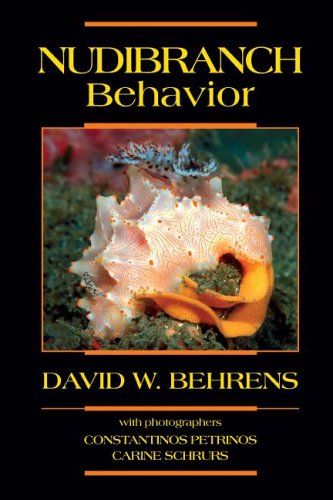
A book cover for Nudibranch Behavior; David Behrens; Science & Math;